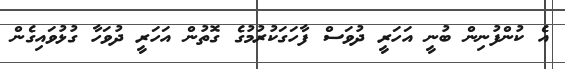
އެ ކުންފުނިން ބުނީ އަހަރީ ދުވަސް ފާހަގަކުރުމުގެ ގޮތުން އަހަރީ ދުވަހާ ގުޅުވައިގެން